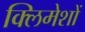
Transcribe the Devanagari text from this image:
क्लिमेशों